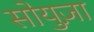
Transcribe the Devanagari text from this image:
सोयुज़ा